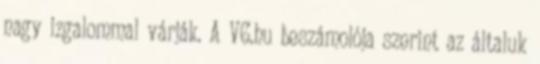
nagy izgalommal várják. A VG.hu beszámolója szerint az általuk